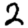
Digit: 2